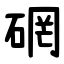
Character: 䃃